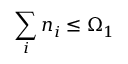
\sum _ { i } n _ { i } \le \Omega _ { 1 }